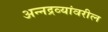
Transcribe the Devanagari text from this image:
अन्नद्रव्यांवरील